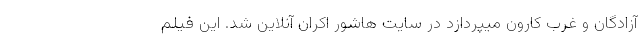
آزادگان و غرب کارون میپردازد در سایت هاشور اکران آنلاین شد. این فیلم